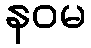
နဝမ